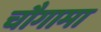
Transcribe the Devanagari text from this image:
चौगामा